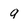
Character: q